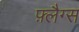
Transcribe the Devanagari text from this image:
फ़्लैग्स